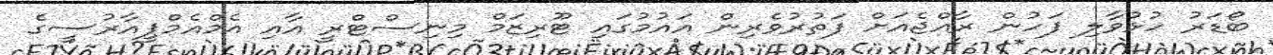
ބޯޑަރު ހުޅުވާލި ފަހުން ރާއްޖެއަށް ފަތުރުވެރިން އައުމުގައި ޓޫރިޒަމް މިނިސްޓްރީ އާއި އެމްއެމްޕީއާރުސީގެ